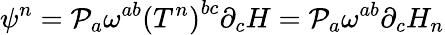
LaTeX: \psi^{n}={\cal{P}}_{a}\omega^{ab}\left(T^{n}\right)^{bc}\partial_{c}H={\cal{P}}_{a}\omega^{ab}\partial_{c}H_{n}